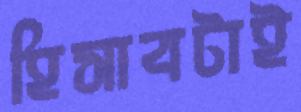
হিসাবটাই